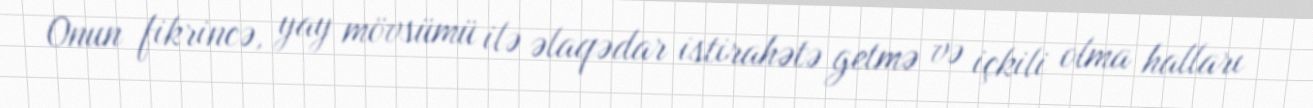
Onun fikrincə, yay mövsümü ilə əlaqədar istirahətə getmə və içkili olma halları